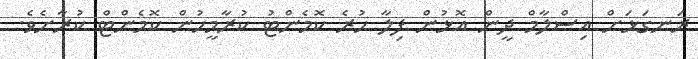
ރަނގަޅަށް އިސްލާމް ދީން އޮޅުން ފިލާ ހުރެ ކޮމެންޓު ކުރާމީހުން ކޮމެންޓް ކުރާށެވެ.